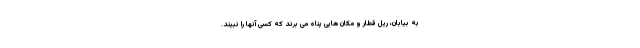
به بیابان، ریل قطار و مکان هایی پناه می برند که کسی آنها را نبیند.